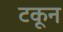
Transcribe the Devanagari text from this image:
टकून